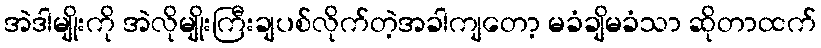
အဲဒါမျိုးကို အဲလိုမျိုးကြီးချပစ်လိုက်တဲ့အခါကျတော့ မခံချိမခံသာ ဆိုတာထက်